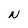
Character: N